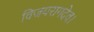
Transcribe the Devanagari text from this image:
विजयरागदेव।